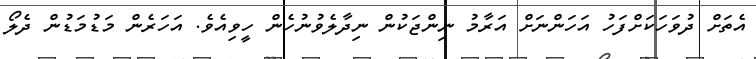
އެތަށް ދުވަހަކަށްފަހު އަހަންނަށް އަރާމު ނިންޖަކުން ނިދާލެވުނުހެން ހީވިއެވެ. އަހަރެން މަޑުމަޑުން ދެލޯ